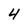
Character: 4